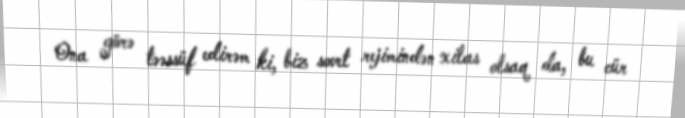
Ona görə təəssüf edirəm ki, biz sovet rejimindən xilas olsaq da, bu cür